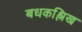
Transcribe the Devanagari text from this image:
बधकश्लिख